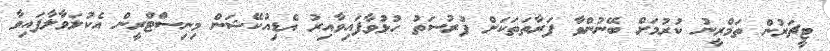
ޓީޗަރުން ތަމްރީނު ކުރުމަށް ބޭނުންވާ ފަރާތަތަކަށް ފުރުސަތު ހުޅުވާފައިވާއިރު އެޑިއުކޭޝަން މިނިސްޓްރީން އެކުލަވާލާފައިވާ